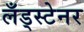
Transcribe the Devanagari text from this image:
लँड्स्टेनर